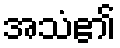
အသံ၏